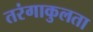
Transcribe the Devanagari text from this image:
तरंगाकुलता